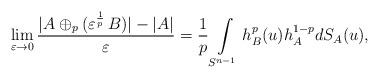
LaTeX: \begin{align*} \lim\limits_{\varepsilon \to 0}\frac{|A\oplus_p(\varepsilon^{\frac{1}{p}} \, B)|- |A|}{\varepsilon}= \frac{1}{p} \int\limits_{S^{n-1}} h^p_B(u)h_A^{1-p} dS_A(u),\end{align*}